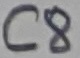
Text: C8